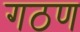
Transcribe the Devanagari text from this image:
गठण